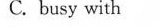
C. busy with